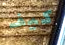
كيف